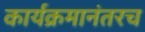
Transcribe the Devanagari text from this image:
कार्यक्रमानंतरच